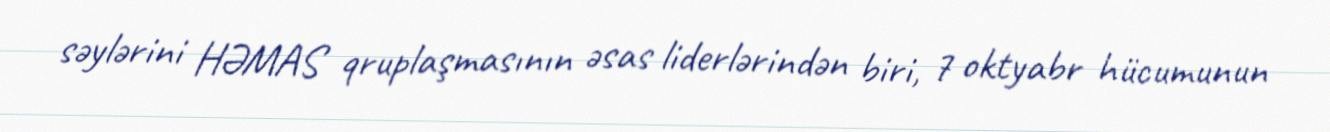
səylərini HƏMAS qruplaşmasının əsas liderlərindən biri, 7 oktyabr hücumunun